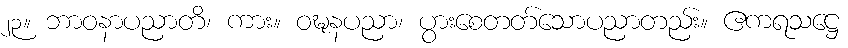
၂၃။ ဘာဝနာပညာတိ၊ ကား။ ဝဍ္ဎနပညာ၊ ပွားစေတတ်သောပညာတည်း။ ဧကရသဋ္ဌေ